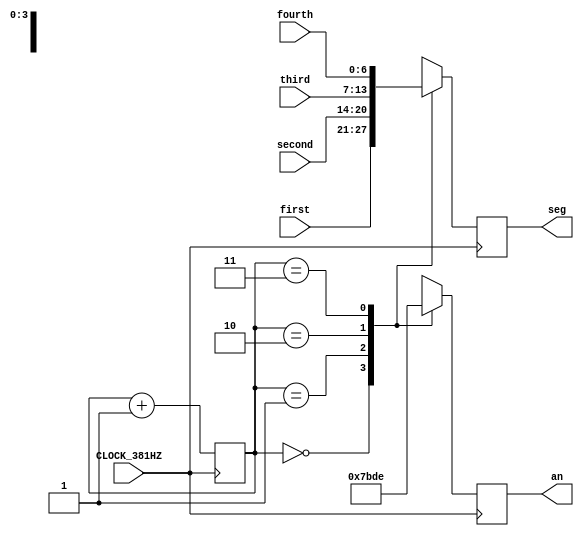
`timescale 1ns / 1ps
//////////////////////////////////////////////////////////////////////////////////
// Company: 
// Engineer: 
// 
// Design Name: 
// Module Name: segment_disp
// Project Name: 
// Target Devices: 
// Tool Versions: 
// Description: 
// 
// Dependencies: 
// 
// Revision:
// Revision 0.01 - File Created
// Additional Comments:
// 
//////////////////////////////////////////////////////////////////////////////////


module segment_disp(
    input CLOCK_381HZ,
    input [6:0] first,
    input [6:0] second,
    input [6:0] third,
    input [6:0] fourth,
    output reg [3:0] an,
    output reg [6:0] seg

    );

    reg[1:0] count = 2'b0;

    always @ (posedge CLOCK_381HZ)
    begin
        count <= count + 1;
        case(count)
            2'b00: 
            begin
                an <= 4'b0111;
                seg <= first;
            end
            2'b01:
            begin
                an <= 4'b1011;
                seg <= second;
            end
            2'b10:
            begin
                an <= 4'b1101;
                seg <= third;
            end
            2'b11:
            begin
                an <= 4'b1110;
                seg <= fourth;
            end
        endcase
    end
endmodule